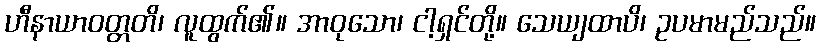
ဟီနာယာဝတ္တတိ၊ လူထွက်၏။ အာဝုသော၊ ငါ့ရှင်တို့။ သေယျထာပိ၊ ဥပမာမည်သည်။